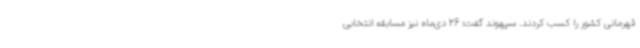
قهرمانی کشور را کسب کردند. سپهوند گفت: 26 دی‌ماه نیز مسابقه انتخابی